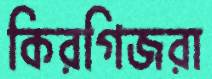
কিরগিজরা